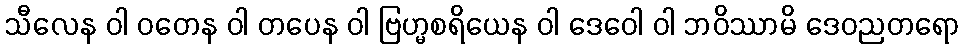
သီလေန ဝါ ဝတေန ဝါ တပေန ဝါ ဗြဟ္မစရိယေန ဝါ ဒေဝေါ ဝါ ဘဝိဿာမိ ဒေဝညတရော